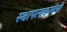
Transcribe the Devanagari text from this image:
स्थापत्यकलेची